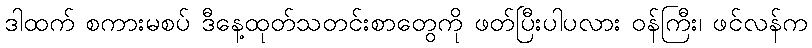
ဒါထက် စကားမစပ် ဒီနေ့ထုတ်သတင်းစာတွေကို ဖတ်ပြီးပါပလား ဝန်ကြီး၊ ဖင်လန်က